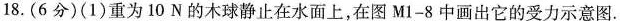
18.(6分)(1)重为10N的木球静止在水面上，在图M1-8中画出它的受力示意图。